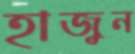
হাজুন